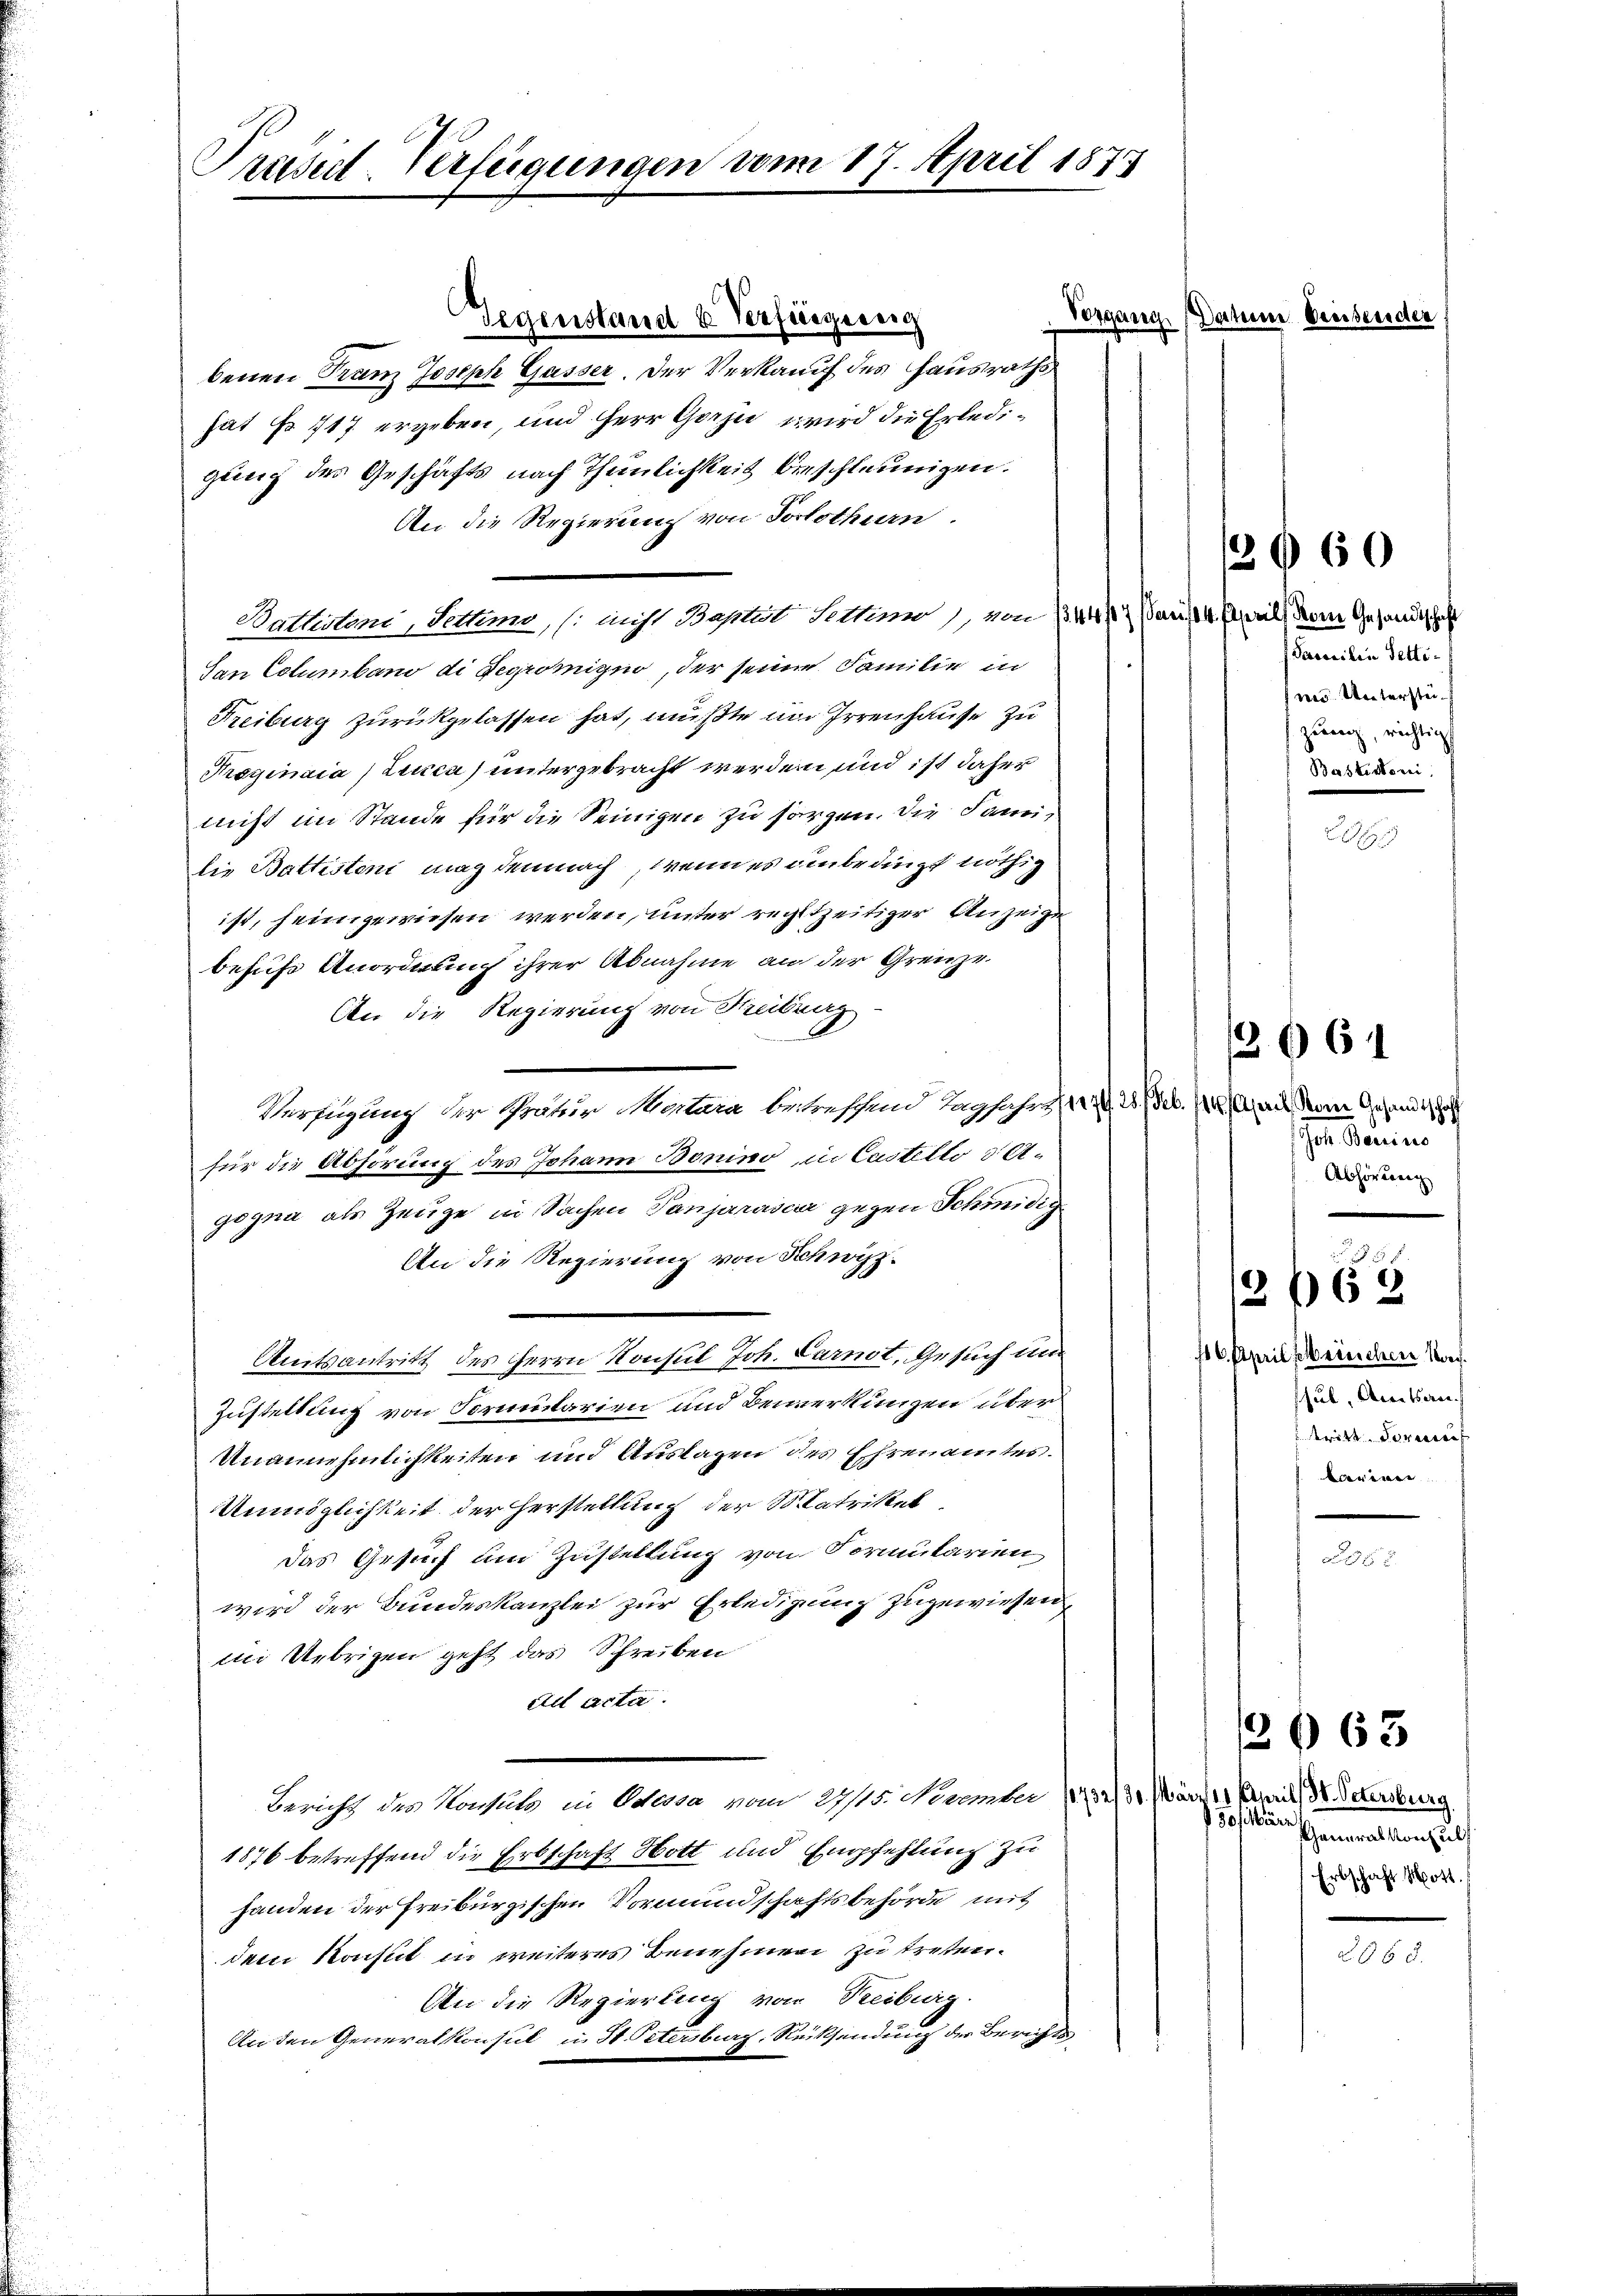
Praset-Verfügungen vom 17. April 1873

benen Franz Joseph Gasser. Der Verkauf des Hausraths
hat Fr. 117 ergeben, und Herr Garzu wird die Erledigung des Geschäfts nach Thunlichkeit beschleunigen.
An die Regierung von Solothurn.
Bathistoni, Setten, s. nicht Baptist Setten) von 1344/7 Paris 14. April, der Gesandtschaft
San Columbano di Fegromizio, der seine Familie in
Freiburg zurückgelassen hat, mußte am Irrenhause zu
Traginaia (Lucca) untergebracht werden und ist daher
nicht im Stande für die Seinigen zu sorgen. Die Familie Battistent mag demnach, wenn es unbedingt nöthig
ist, heimgewiesen werden, unter regltzeitiger Anzeige
besuch Anordnung ihrer Abnahme an der Grenze.
An die Regierung von Freibung
Verfügung der Gratur Monara betreffend Tagfahren 20. Seb. 18 an den Gesandt
für die Abhörung des Johann Bonino in Castello d Agogna als Zeuge in Sachen Tanjarascur gegen Schmidig
An die Regierung von Schwyzz-
Amtsantritt des Herrn Konsul Joh. Carnot, Gesuch um
Zustellung von Formentarien und Bemerkungen über
Unannehmlichkeiten und Auslagen des Ehrenamtes.
Unmöglichkeit der Herstellung der Statrikel
das Gesuch um Zustellung von Formularien
wird der Bundeskanzlei zur Erledigung zugewiesen,
ii Uebrigen geht das Schreiben
ad acta.
Bericht des Konsuls in Ostessa vom 2115. November 1752 31. März 17 Paris, Dr. Petersburg
1876 betreffend die Erbschaft Hott und Empfehlung zu
handen der Freiburgischen Vormundschaftsbehörde mit
dem Konsul in weiteres Benehmen zu treten.
An die Regierung von Treiburg.
An den Generalkonsul in St. Petersburg, Rücksendung der Berichts¬

Gegenstand u. Verfügung

Vorgang Datum beeisender

Sacosilia Setti-
m Unterstüzeung, richtig
Bastistini.

2660

Joh. Bauins
Abhörung

3661

f 6. April seinschen Nachshut, Amtsan
 dritt. Formeres
Launen

x
262

80 Mär
Gantralkonsult
Erbschaft Mott.

1363